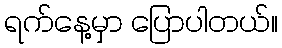
ရက်နေ့မှာ ပြောပါတယ်။